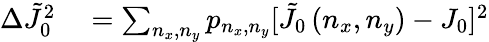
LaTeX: \begin{array}{rl}{\Delta\tilde{J}_{0}^{2}}&{{}=\sum_{n_{x},n_{y}}p_{n_{x},n_{y}}[\tilde{J}_{0}\left(n_{x},n_{y}\right)-J_{0}]^{2}}\end{array}